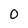
Character: O